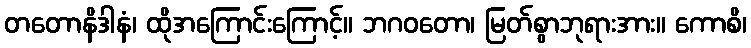
တတောနိဒါနံ၊ ထိုအကြောင်းကြောင့်။ ဘဂဝတော၊ မြတ်စွာဘုရားအား။ ကောစိ၊